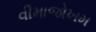
વીમાજોખમ